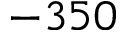
- 3 5 0